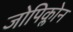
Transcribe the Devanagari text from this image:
जोपिक्लोन